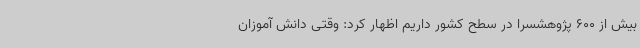
بیش از 600 پژوهشسرا در سطح کشور داریم اظهار کرد: وقتی دانش آموزان